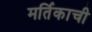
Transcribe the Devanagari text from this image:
मर्तिकाची